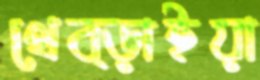
থেব্‌ড়াইয়া